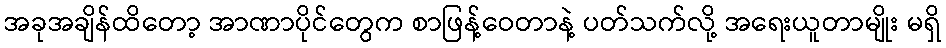
အခုအချိန်ထိတော့ အာဏာပိုင်တွေက စာဖြန့်ဝေတာနဲ့ ပတ်သက်လို့ အရေးယူတာမျိုး မရှိ